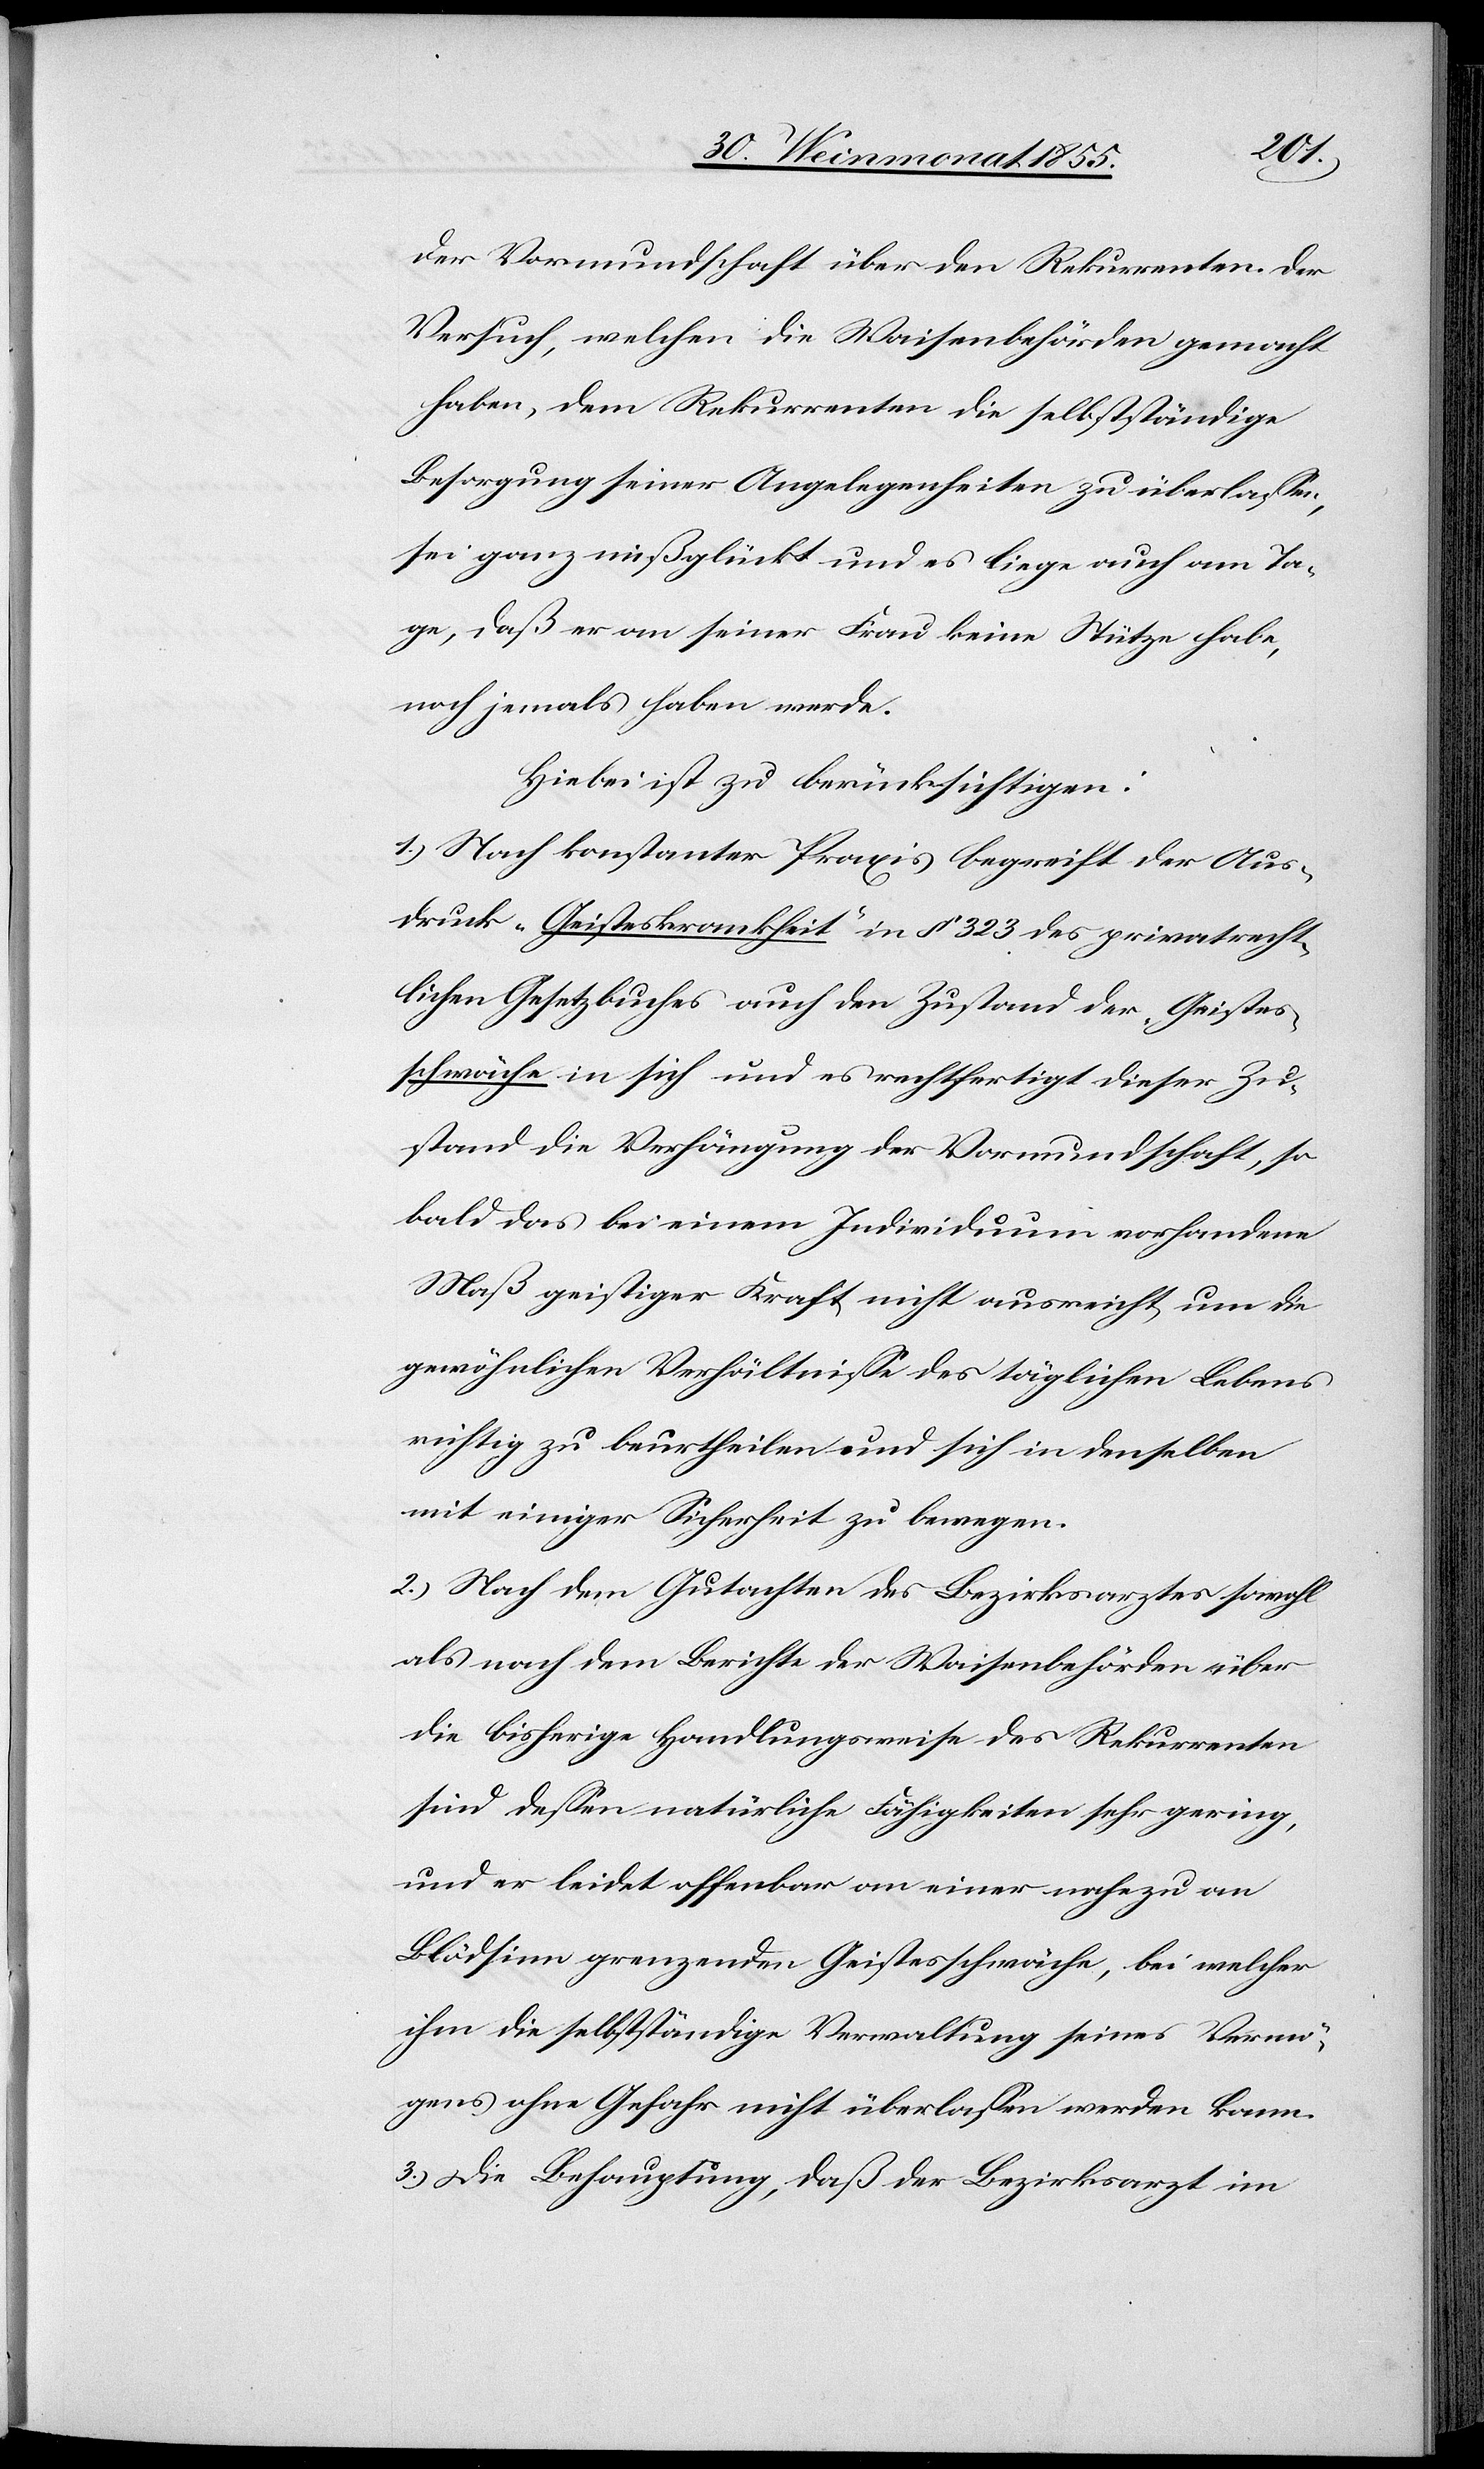
der Vormundschaft über den Rekurrenten. Der
Versuch, welchen die Waisenbehörden gemacht
haben, dem Rekurrenten die selbstständige
Besorgung seiner Angelegenheiten zu überlassen,
sei ganz mißglückt und es liege auch am Ta¬
ge, daß er an seiner Frau keine Stütze habe,
noch jemals haben werde.
Hiebei ist zu berücksichtigen:
1.) Nach konstanter Praxis begreift der Aus¬
druck „Geisteskrankheit“ in § 323 des privatrecht¬
lichen Gesetzbuches auch den Zustand der „Geistes¬
schwäche“ in sich und es rechtfertigt dieser Zu¬
stand die Verhängung der Vormundschaft, so¬
bald das bei einem Individuum vorhandene
Maß geistiger Kraft nicht ausreicht, um die
gewöhnlichen Verhältnisse des täglichen Lebens
richtig zu beurtheilen und sich in denselben
mit einiger Sicherheit zu bewegen.
2.) Nach dem Gutachten des Bezirksarztes sowohl
als nach dem Berichte der Waisenbehörden über
die bisherige Handlungsweise des Rekurrenten
sind dessen natürliche Fähigkeiten sehr gering,
und er leidet offenbar an einer nahezu an
Blödsinn grenzenden Geistesschwäche, bei welcher
ihm die selbstständige Verwaltung seines Vermö¬
gens ohne Gefahr nicht überlassen werden kann.
3.) Die Behauptung, daß der Bezirksarzt im